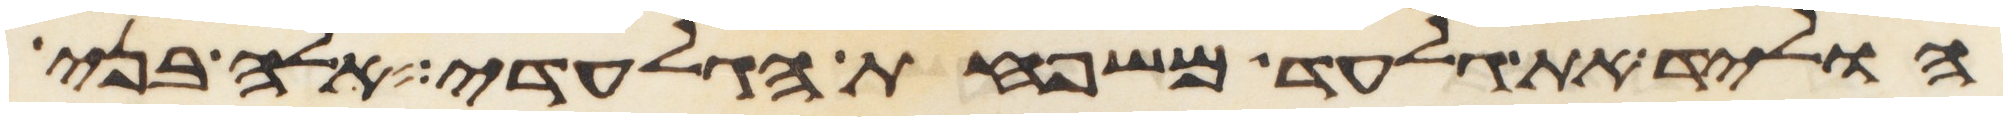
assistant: הוליד את גלעד משפחת הגלעדי אלה בני